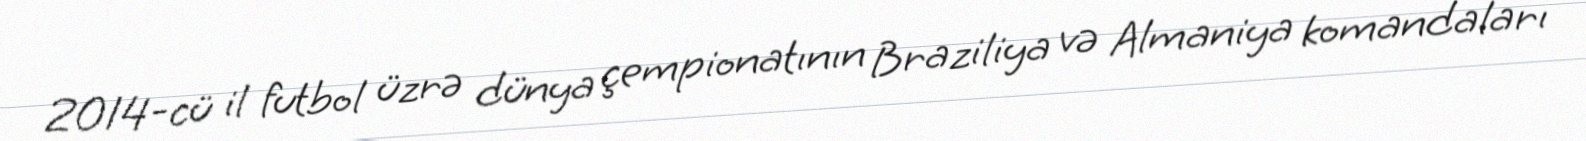
2014-cü il futbol üzrə dünya çempionatının Braziliya və Almaniya komandaları